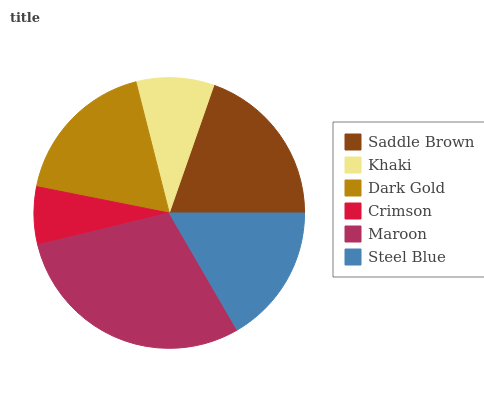
| Saddle Brown | Khaki | Dark Gold | Crimson | Maroon | Steel Blue |
 | --- | --- | --- | --- | --- | --- |
 | 19.6% | 9.29% | 18% | 6.9% | 29.6% | 16.7% |